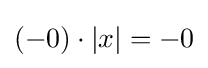
(-0)\cdot \left|x\right|=-0\,\!